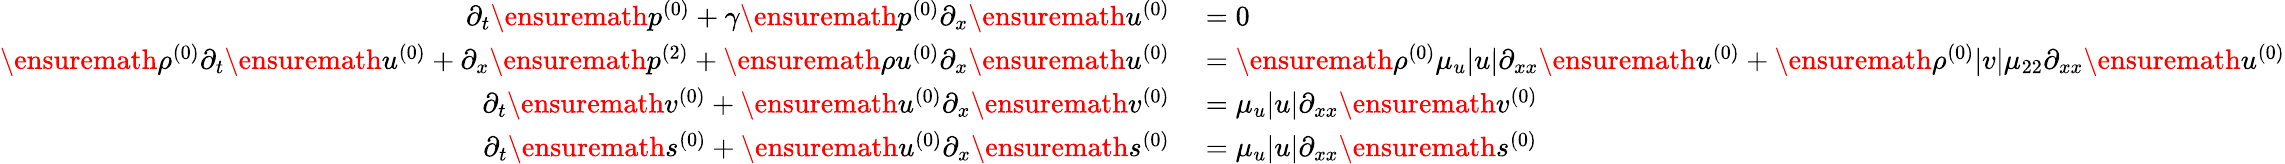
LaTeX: \begin{array}{rl}{\partial_{t}\ensuremath{p^{(0)}}+\gamma\ensuremath{p^{(0)}}\partial_{x}\ensuremath{u^{(0)}}}&{{}=0}\\ {\ensuremath{\rho^{(0)}}\partial_{t}\ensuremath{u^{(0)}}+\partial_{x}\ensuremath{p^{(2)}}+\ensuremath{\rho u^{(0)}}\partial_{x}\ensuremath{u^{(0)}}}&{{}=\ensuremath{\rho^{(0)}}\mu_{u}|u|\partial_{xx}\ensuremath{u^{(0)}}+\ensuremath{\rho^{(0)}}|v|\mu_{22}\partial_{xx}\ensuremath{u^{(0)}}}\\ {\partial_{t}\ensuremath{v^{(0)}}+\ensuremath{u^{(0)}}\partial_{x}\ensuremath{v^{(0)}}}&{{}=\mu_{u}|u|\partial_{xx}\ensuremath{v^{(0)}}}\\ {\partial_{t}\ensuremath{s^{(0)}}+\ensuremath{u^{(0)}}\partial_{x}\ensuremath{s^{(0)}}}&{{}=\mu_{u}|u|\partial_{xx}\ensuremath{s^{(0)}}}\end{array}